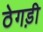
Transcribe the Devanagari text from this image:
ठेगड़ी